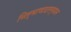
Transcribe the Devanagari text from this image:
निर्माणादरम्यान